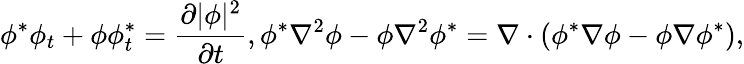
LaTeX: \phi^{*}\phi_{t}+\phi\phi_{t}^{*}=\frac{\partial|\phi|^{2}}{\partial t},\phi^{*}\nabla^{2}\phi-\phi\nabla^{2}\phi^{*}=\nabla\cdot(\phi^{*}\nabla\phi-\phi\nabla\phi^{*}),